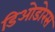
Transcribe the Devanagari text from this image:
डिओडोरस